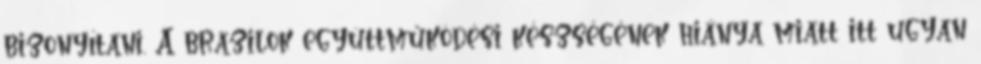
bizonyítani. A brazilok együttműködési készségének hiánya miatt itt ugyan